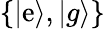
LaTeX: \{ |\mathrm{e}\rangle,|g\rangle\}